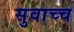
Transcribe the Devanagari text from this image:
सुवाच्च